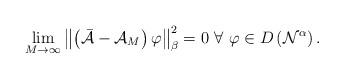
LaTeX: \begin{align*}\lim_{M\rightarrow\infty}\left\Vert \left( \mathcal{\bar{A}}-\mathcal{A}_{M}\right) \varphi\right\Vert _{\beta}^{2}=0~\forall~\varphi\in D\left(\mathcal{N}^{\alpha}\right) . \end{align*}